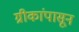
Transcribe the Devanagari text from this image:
ग्रीकांपासून